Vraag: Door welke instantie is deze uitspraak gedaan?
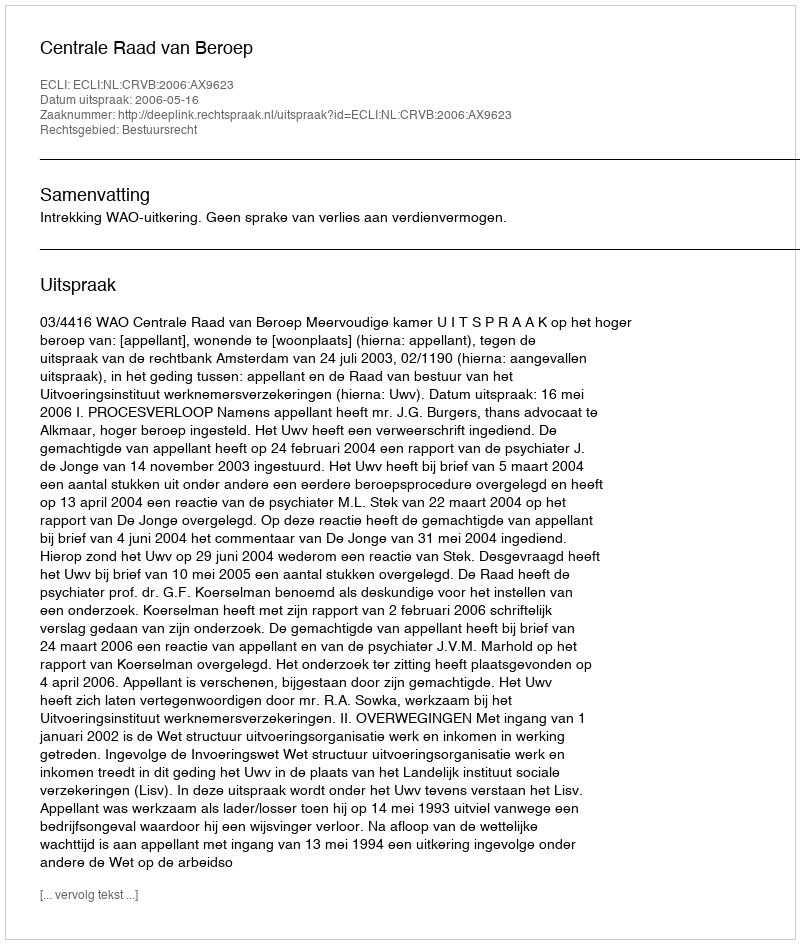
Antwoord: Centrale Raad van Beroep